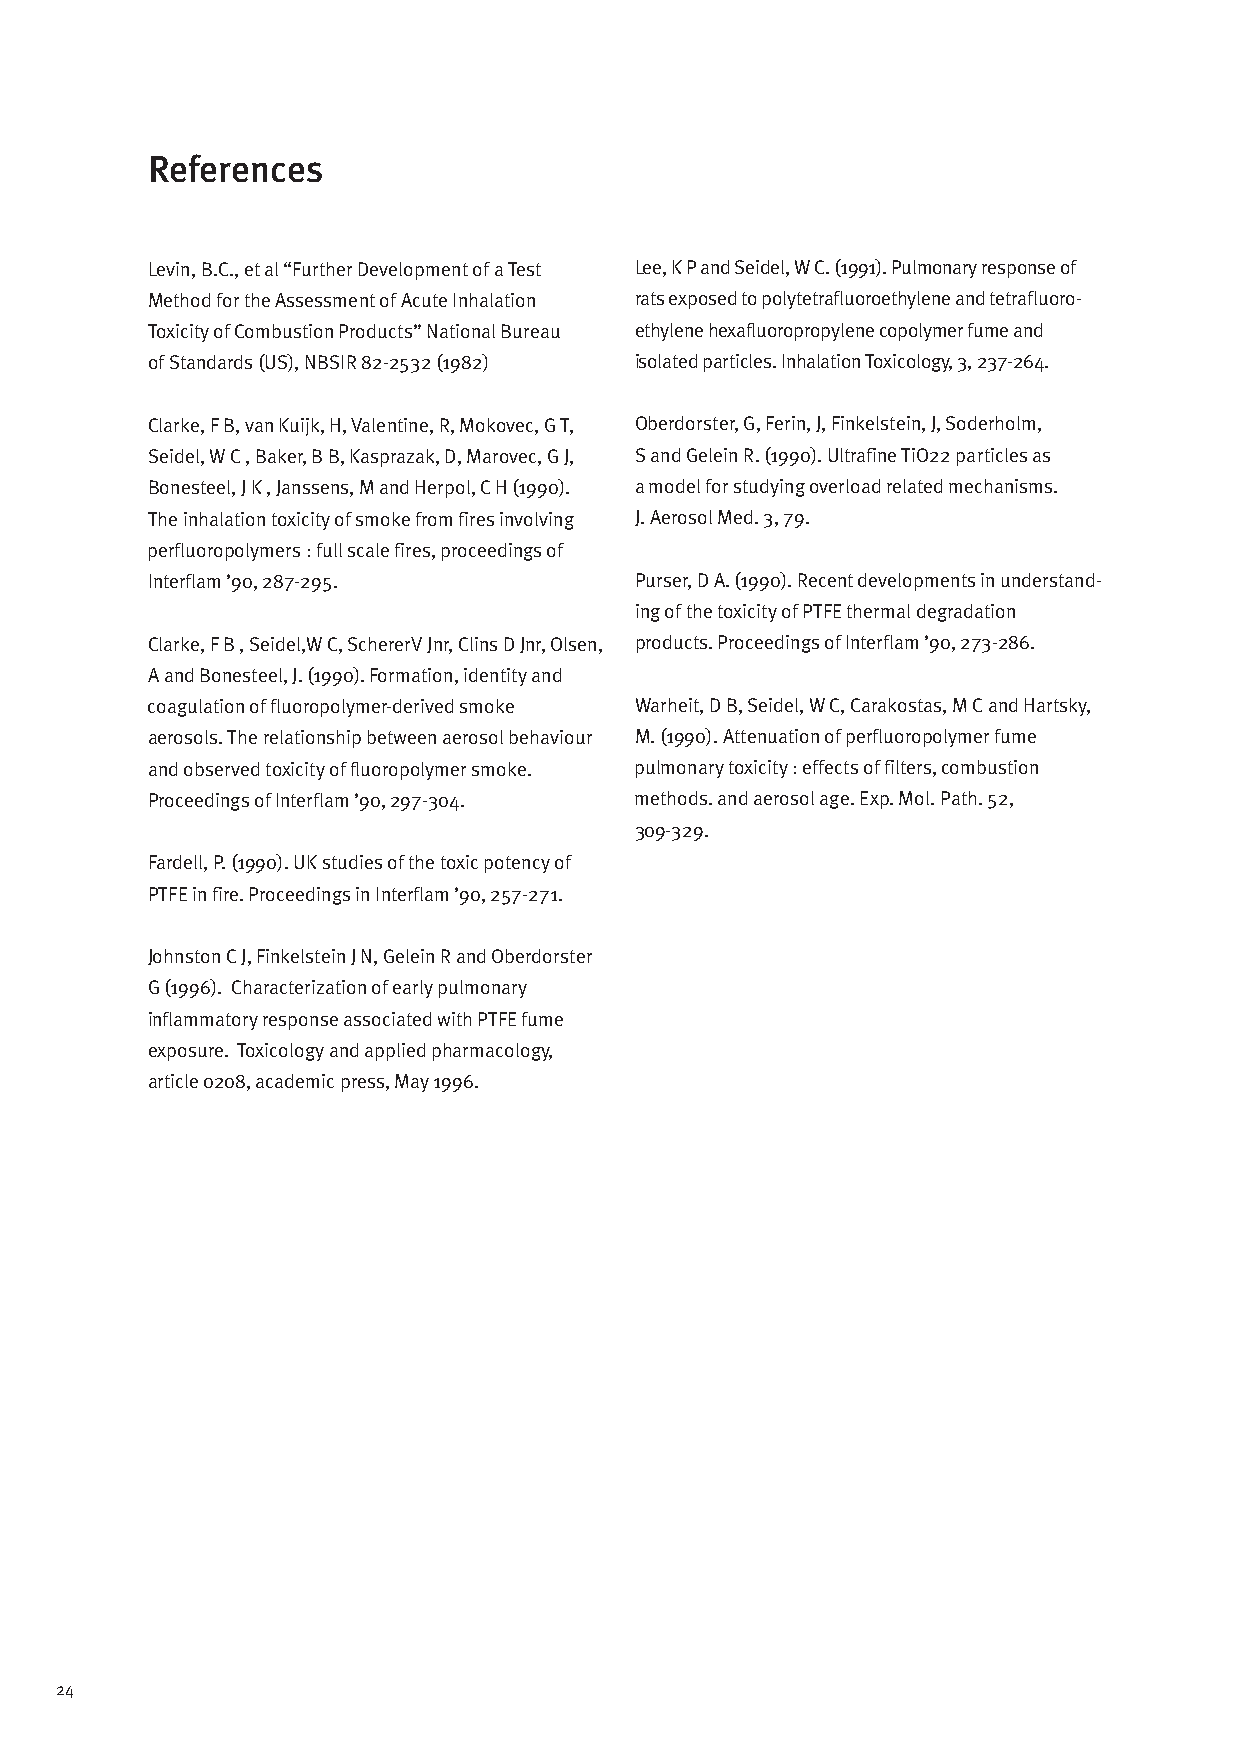
References
 Levin, B.C., et al “Further Development of a Test Lee, K P and Seidel, W C. (1991). Pulmonary response of
 Method for the Assessment of Acute Inhalation rats exposed to polytetrafluoroethylene and tetrafluoro-
 Toxicity of Combustion Products” National Bureau eth ylene hexafluoropropylene copolymer fume and
 of Standards (US), NBSIR 82-2532 (1982) isolated particles. Inhalation Toxicology, 3, 237-264.
 Clarke, F B, van Kuijk, H, Valentine, R, Mokovec, G T, Oberdorster, G, Ferin, J, Finkelstein, J, Soderholm,
 Seidel, W C , Baker, B B, Kasprazak, D, Marovec, G J, S and Gelein R. (1990). Ultrafine TiO22 particles as
 Bonesteel, J K , Janssens, M and Herpol, C H (1990). a model for studying overload related mechanisms.
 The inhalation toxicity of smoke from fires involving J. Aerosol Med. 3, 79.
 perfluoropolymers : full scale fires, proceedings of
 Interflam ’90, 287-295.         Purser, D A. (1990). Recent developments in understand-
 ing of the toxicity of PTFE thermal degradation
 Clarke, F B , Seidel,W C, SchererV Jnr, Clins D Jnr, Olsen, products. Proceedings of Interflam ’90, 273-286.
 A and Bonesteel, J. (1990). Formation, identity and
 coag ulation of fluoropolymer-derived smoke Warheit, D B, Seidel, W C, Carakostas, M C and Hartsky,
 aerosols. The relationship between aerosol behaviour M. (1990). Attenuation of perfluoropolymer fume
 and observed tox icity of fluoropolymer smoke. pul monary toxicity : effects of filters, combustion
 Proceedings of Interflam ’90, 297-304. methods. and aerosol age. Exp. Mol. Path. 52,
 309-329.
 Fardell, P. (1990). UK studies of the toxic potency of
 PTFE in fire. Proceedings in Interflam ’90, 257-271.
 Johnston C J, Finkelstein J N, Gelein R and Oberdorster
 G (1996). Characterization of early pulmonary
 inflammatory response associated with PTFE fume
 exposure. Toxicology and applied pharmacology,
 article 0208, academic press, May 1996.
 24